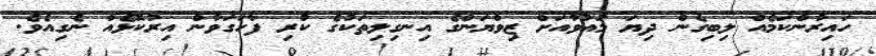
ހައިރާންކަމެއް ލިބިގެން ދިޔަ މައުވާއަށް ޒިވްޔަންގެ އިނގިލިތަކުގެ ކުރި ފާހަގަވާން އިރުކޮޅެއް ނެގިއެވެ.